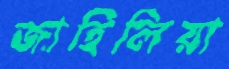
জাহিলিয়া